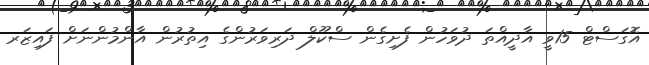
އޮގަސްޓް 15ވީ އާދީއްތަ ދުވަހުން ފެށިގެން ސްކޫލް ދަރިވަރުންގެ އިތުރުން އާންމުންނަށް ފައިޒަރ